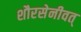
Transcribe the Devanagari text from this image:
शौरसेनीवत्